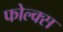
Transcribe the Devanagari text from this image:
फोल्क्स